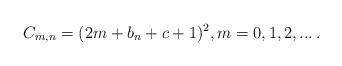
LaTeX: \begin{align*}C_{m,n}=(2 m +b_{n}+c+1)^{2},m=0,1,2,...\,.\end{align*}